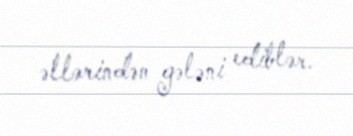
əllərindən gələni ediblər.